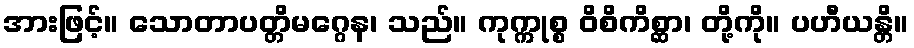
အားဖြင့်။ သောတာပတ္တိမဂ္ဂေန၊ သည်။ ကုက္ကုစ္စ ဝိစိကိစ္ဆာ၊ တို့ကို။ ပဟီယန္တိ။